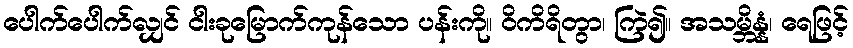
ပေါက်ပေါက်လျှင် ငါးခုမြောက်ကုန်သော ပန်းကို။ ဝိကိရိတွာ၊ ကြဲ၍။ အသမ္ဘိန္နံ၊ ရေဖြင့်